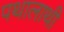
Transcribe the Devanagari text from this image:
पथालाथी